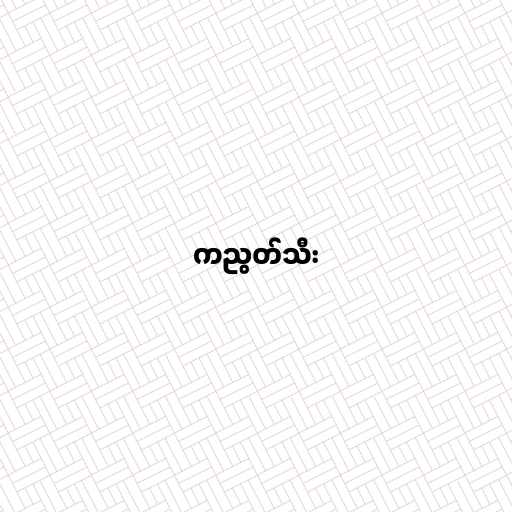
ကညွတ်သီး